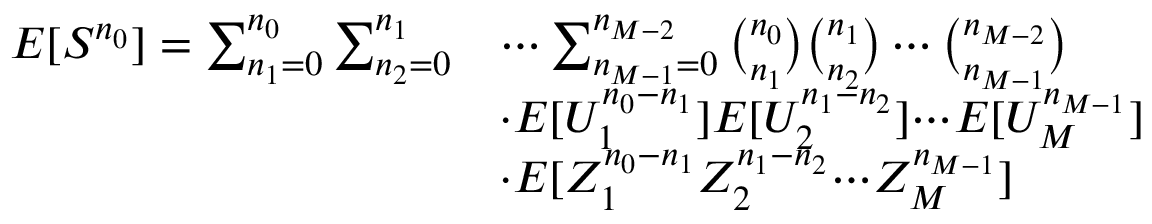
\begin{array} { r l } { E [ S ^ { n _ { 0 } } ] = \sum _ { n _ { 1 } = 0 } ^ { n _ { 0 } } \sum _ { n _ { 2 } = 0 } ^ { n _ { 1 } } } & { \cdots \sum _ { n _ { M - 1 } = 0 } ^ { n _ { M - 2 } } { \binom { n _ { 0 } } { n _ { 1 } } \binom { n _ { 1 } } { n _ { 2 } } \cdots \binom { n _ { M - 2 } } { n _ { M - 1 } } } } \\ & { { \cdot } E [ U _ { 1 } ^ { n _ { 0 } - n _ { 1 } } ] E [ U _ { 2 } ^ { n _ { 1 } - n _ { 2 } } ] { \cdots } E [ U _ { M } ^ { n _ { M - 1 } } ] } \\ & { { \cdot } E [ Z _ { 1 } ^ { n _ { 0 } - n _ { 1 } } Z _ { 2 } ^ { n _ { 1 } - n _ { 2 } } { \cdots } Z _ { M } ^ { n _ { M - 1 } } ] } \end{array}